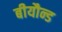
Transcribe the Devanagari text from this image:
बीयौन्ड